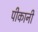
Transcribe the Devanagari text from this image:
पीकानी